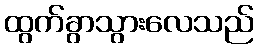
ထွက်ခွာသွားလေသည်